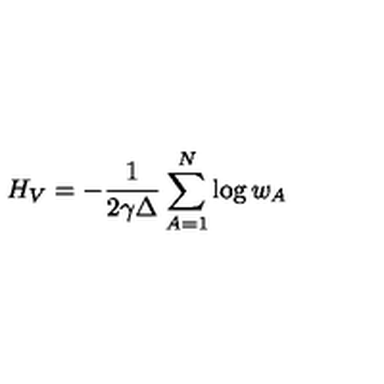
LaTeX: H _ { V } = - \frac { 1 } { 2 \gamma \Delta } \sum _ { A = 1 } ^ { N } \log w _ { A }